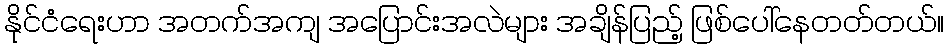
နိုင်ငံရေးဟာ အတက်အကျ အပြောင်းအလဲများ အချိန်ပြည့် ဖြစ်ပေါ်နေတတ်တယ်။